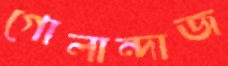
গোলান্দাজ